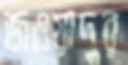
জওয়াদুর